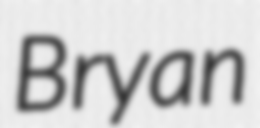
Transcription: Bryan